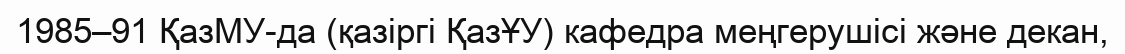
1985–91 ҚазМУ-да (қазіргі ҚазҰУ) кафедра меңгерушісі және декан,